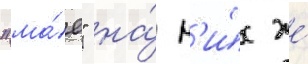
"ма́е" на́ н'и́х же́